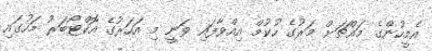
އެމީހުންގެ މައްޗަށް މަރުގެ ހުކުމް އިއްވާފައި ވަނީ މި އަހަރުގެ އޮކްޓޯބަރު މަހުގައި